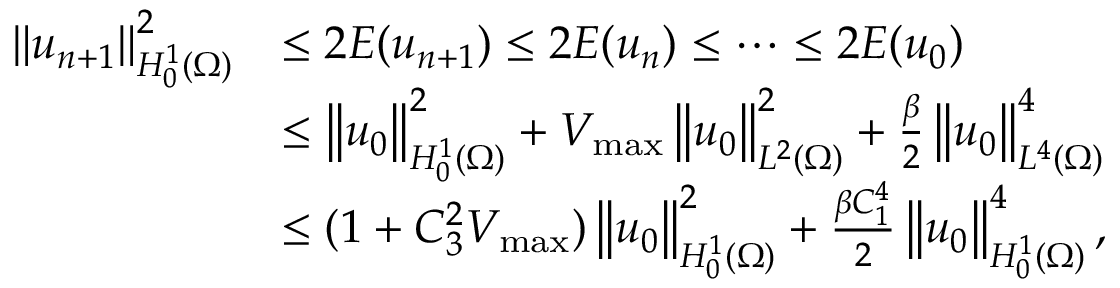
\begin{array} { r l } { \left\Vert u _ { n + 1 } \right\Vert _ { H _ { 0 } ^ { 1 } ( \Omega ) } ^ { 2 } } & { \leq 2 E ( u _ { n + 1 } ) \leq 2 E ( u _ { n } ) \leq \cdots \leq 2 E ( u _ { 0 } ) } \\ & { \leq \left\Vert u _ { 0 } \right\Vert _ { H _ { 0 } ^ { 1 } ( \Omega ) } ^ { 2 } + V _ { \operatorname* { m a x } } \left\Vert u _ { 0 } \right\Vert _ { L ^ { 2 } ( \Omega ) } ^ { 2 } + \frac { \beta } { 2 } \left\Vert u _ { 0 } \right\Vert _ { L ^ { 4 } ( \Omega ) } ^ { 4 } } \\ & { \leq ( 1 + C _ { 3 } ^ { 2 } V _ { \operatorname* { m a x } } ) \left\Vert u _ { 0 } \right\Vert _ { H _ { 0 } ^ { 1 } ( \Omega ) } ^ { 2 } + \frac { \beta C _ { 1 } ^ { 4 } } { 2 } \left\Vert u _ { 0 } \right\Vert _ { H _ { 0 } ^ { 1 } ( \Omega ) } ^ { 4 } , } \end{array}